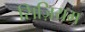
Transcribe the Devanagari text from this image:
सिज़ियम